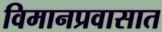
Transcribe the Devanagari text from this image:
विमानप्रवासात